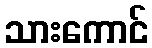
သားကောင်